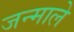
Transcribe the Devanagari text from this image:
जन्माले